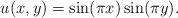
LaTeX: \begin{align*} u(x,y)=\sin(\pi x)\sin(\pi y).\end{align*}